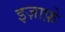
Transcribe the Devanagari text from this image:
इज़ाफ़े